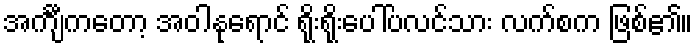
အင်္ကျီကတော့ အဝါနုရောင် ရိုးရိုးပေါ်ပလင်သား လက်စက ဖြစ်၏။